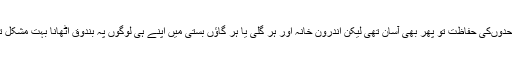
سرحدوںکی حفاظت تو پھر بھی آسان تھی لیکن اندرون خانہ اور ہر گلی یا ہر گاؤں بستی میں اپنے ہی لوگوں پہ بندوق اٹھانا بہت مشکل تھا ۔